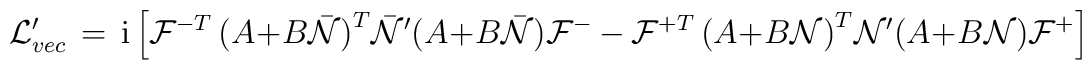
{\cal L}^{\prime}_{vec}  \, =  \,   {\rm i} \, \Bigl [{\cal F}^{-T}\, \bigl ( A + B {\bar {\cal N}} \bigr )^T {\bar {\cal N}}^\prime( A + B {\bar {\cal N}} \bigr ) {\cal F}^{-} \, -  \, {\cal F}^{+T}\, \bigl ( A + B {\cal N} \bigr )^T {\cal N}^\prime( A + B {\cal N} \bigr ) {\cal F}^{+}\Bigr ]